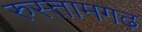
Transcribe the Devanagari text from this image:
रुस्तामगढ़